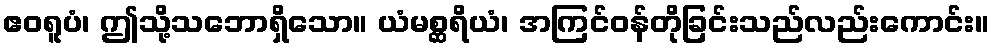
ဧဝရူပံ၊ ဤသို့သဘောရှိသော။ ယံမစ္ဆရိယံ၊ အကြင်ဝန်တိုခြင်းသည်လည်းကောင်း။